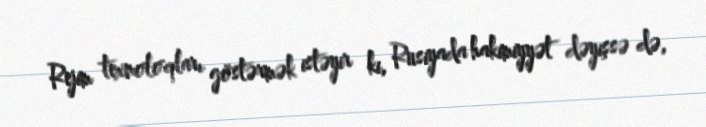
Rejim texnoloqları göstərmək istəyir ki, Rusiyada hakimiyyət dəyişsə də,